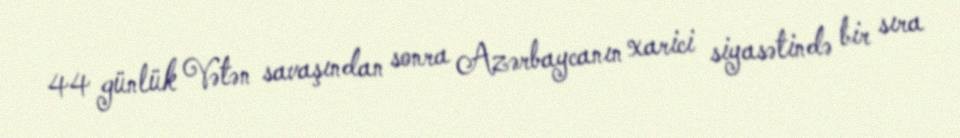
44 günlük Vətən savaşından sonra Azərbaycanın xarici siyasətində bir sıra